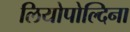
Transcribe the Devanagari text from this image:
लियोपोल्दिना